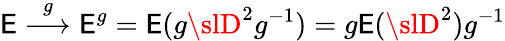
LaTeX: {\cal\mathsf{E}}\stackrel{g}{\longrightarrow}{\cal\mathsf{E}}^{g}={\cal\mathsf{E}}(g{\slD}^{2}g^{-1})=g{\cal\mathsf{E}}({\slD}^{2})g^{-1}